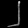
Digit: ၂